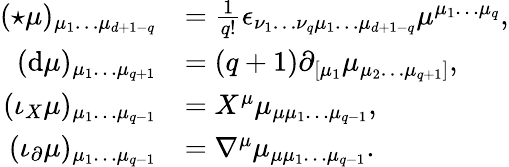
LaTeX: \begin{array}{rl}{({\star\mu})_{\mu_{1}\ldots\mu_{d+1-q}}}&{=\frac{1}{q!}\epsilon_{\nu_{1}\ldots\nu_{q}\mu_{1}\ldots\mu_{d+1-q}}\mu^{\mu_{1}\ldots\mu_{q}},}\\ {(\mathrm{d}\mu)_{\mu_{1}\ldots\mu_{q+1}}}&{=(q+1)\partial_{[\mu_{1}}\mu_{\mu_{2}\ldots\mu_{q+1}]},}\\ {(\iota_{X}\mu)_{\mu_{1}\ldots\mu_{q-1}}}&{=X^{\mu}\mu_{\mu\mu_{1}\ldots\mu_{q-1}},}\\ {(\iota_{\partial}\mu)_{\mu_{1}\ldots\mu_{q-1}}}&{=\nabla^{\mu}\mu_{\mu\mu_{1}\ldots\mu_{q-1}}.}\end{array}